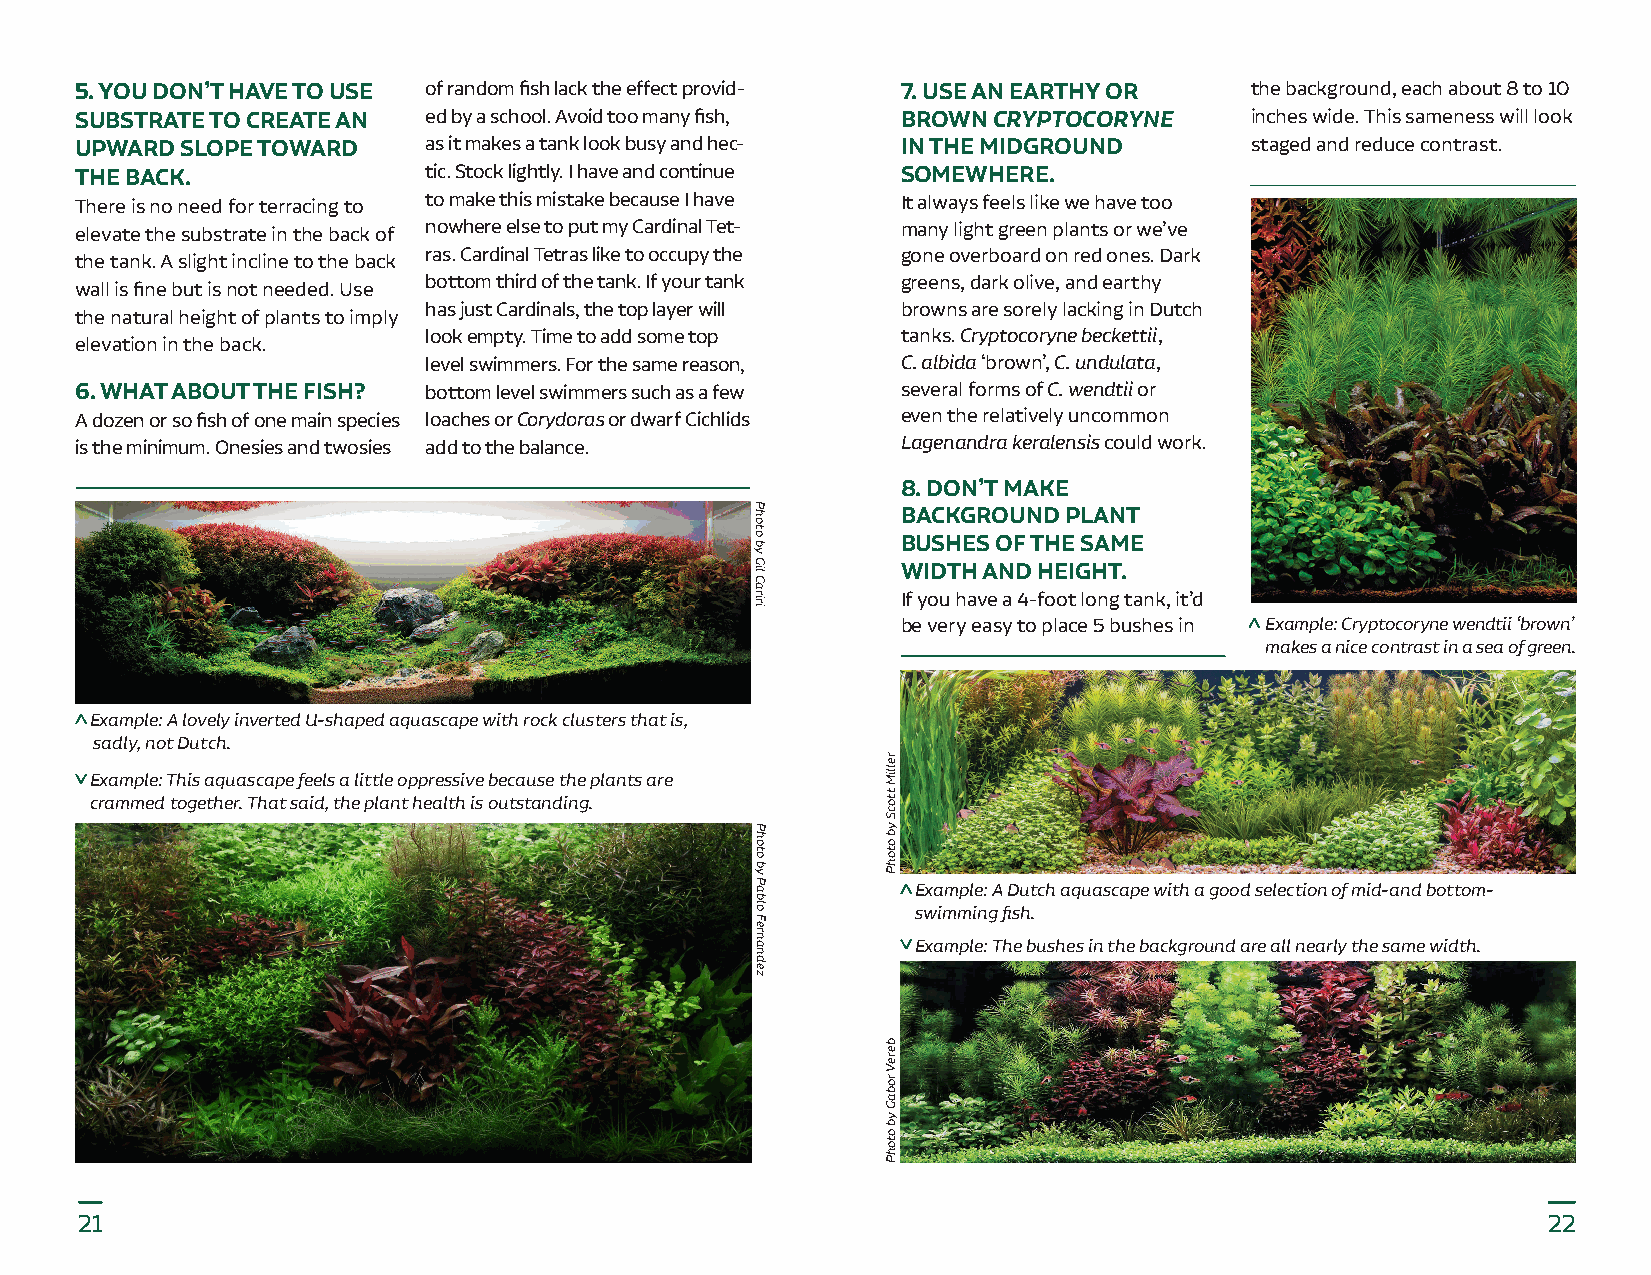
5. YOU DON’T HAVE TO USE of random fish lack the effect provid- 7. USE AN EARTHY OR the background, each about 8 to 10
 SUBSTRATE TO CREATE AN ed by a school. Avoid too many fish, BROWN CRYPTOCORYNE inches wide. This sameness will look
 UPWARD SLOPE TOWARD    as it makes a tank look busy and hec- IN THE MIDGROUND staged and reduce contrast.
 THE BACK.              tic. Stock lightly. I have and continue SOMEWHERE.
 There is no need for terracing to to make this mistake because I have It always feels like we have too
 elevate the substrate in the back of nowhere else to put my Cardinal Tet- many light green plants or we’ve
 the tank. A slight incline to the back ras. Cardinal Tetras like to occupy the gone overboard on red ones. Dark
 bottom third of the tank. If your tank greens, dark olive, and earthy
 wall is fine but is not needed. Use
 has just Cardinals, the top layer will browns are sorely lacking in Dutch
 the natural height of plants to imply
 look empty. Time to add some top tanks. Cryptocoryne beckettii,
 elevation in the back.
 level swimmers. For the same reason, C. albida ‘brown’, C. undulata,
 6. WHAT ABOUT THE FISH? bottom level swimmers such as a few several forms of C. wendtii or
 A dozen or so fish of one main species loaches or Corydoras or dwarf Cichlids even the relatively uncommon
 is the minimum. Onesies and twosies add to the balance. Lagenandra keralensis could work.
 8. DON’T MAKE
 BACKGROUND PLANT
 BUSHES OF THE SAME
 WIDTH AND HEIGHT.
 If you have a 4-foot long tank, it’d
 be very easy to place 5 bushes in Example: Cryptocoryne wendtii ‘brown’
 makes a nice contrast in a sea of green.
 Example: A lovely inverted U-shaped aquascape with rock clusters that is,
 sadly, not Dutch.
 Example: This aquascape feels a little oppressive because the plants are
 crammed together. That said, the plant health is outstanding.
 Example: A Dutch aquascape with a good selection of mid-and bottom-
 swimming fish.
 Example: The bushes in the background are all nearly the same width.
 21                                                                                               22
 Photo
 by
 Gil
 Cariri
 Photo
 by
 Pablo
 Fernandez
 relliM
 ttocS
 yb
 otohP
 bereV
 robaG
 yb
 otohP